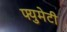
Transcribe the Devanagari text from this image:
फ्युमेटी